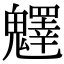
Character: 𩴮